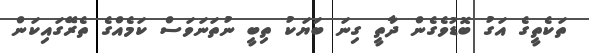
ތަކެތީގެ އަގު ބޮޑުވެގެން ދާތީ ގިނަ ބަޔަކު ތިބީ ނުތަނަވަސް ކަމެއްގެ ތެރޭގައިކަން